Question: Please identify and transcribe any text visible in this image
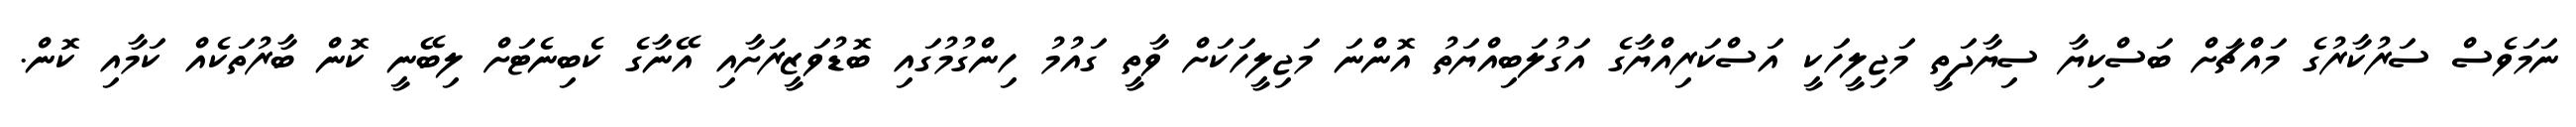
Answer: ނަމަވެސް ސަރުކާރުގެ މައްޗަށް ބަސްކިޔާ ސިޔާދަތީ މަޖިލީހަކީ އަސްކަރިއްޔާގެ އަގުލަބިއްޔަތު އޮންނަ މަޖިލީހަކަށް ވާތީ ގައުމު ހިންގުމުގައި ބޮޑުވަޒީރަށާއި އޭނާގެ ކެބިނެޓަށް ލިބޭނީ ކޮން ބާރުތަކެއް ކަމާއި ކޮން.